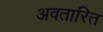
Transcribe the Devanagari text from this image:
अवतारित